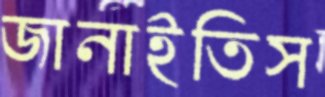
জানাইতিস